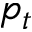
p _ { t }